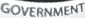
GOVERNMENT